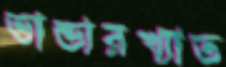
ভান্ডারখ্যাত